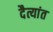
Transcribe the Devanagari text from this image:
दैत्यांत